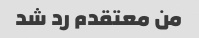
من معتقدم رد شد